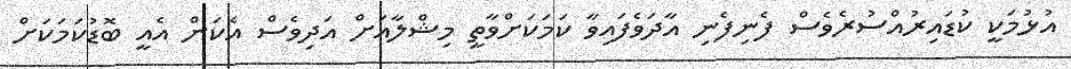
އުޅުމަކީ ކުޑައިރުއްސުރެވެސް ފެނިފެނި އާދަވެފައިވާ ކަމަކަށްވާތީ މިޝްލާއަށް އަދިވެސް އެކަން އެއީ ބޮޑުކަމަކަށް